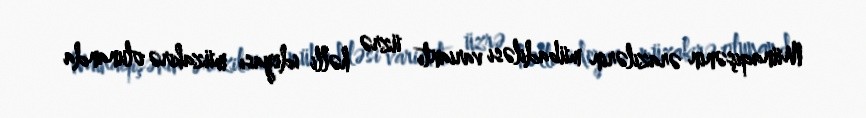
Münaqişənin ərazilərin mübadiləsi variantı üzrə həlli ideyası müzakirə olunanda